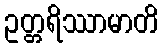
ဥတ္တရိဿာမာတိ